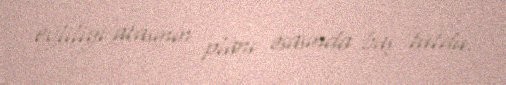
evliliyi atasının planı əsasında baş tutdu.